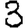
Digit: 3